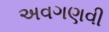
અવગણવી